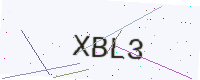
Text: XBL3